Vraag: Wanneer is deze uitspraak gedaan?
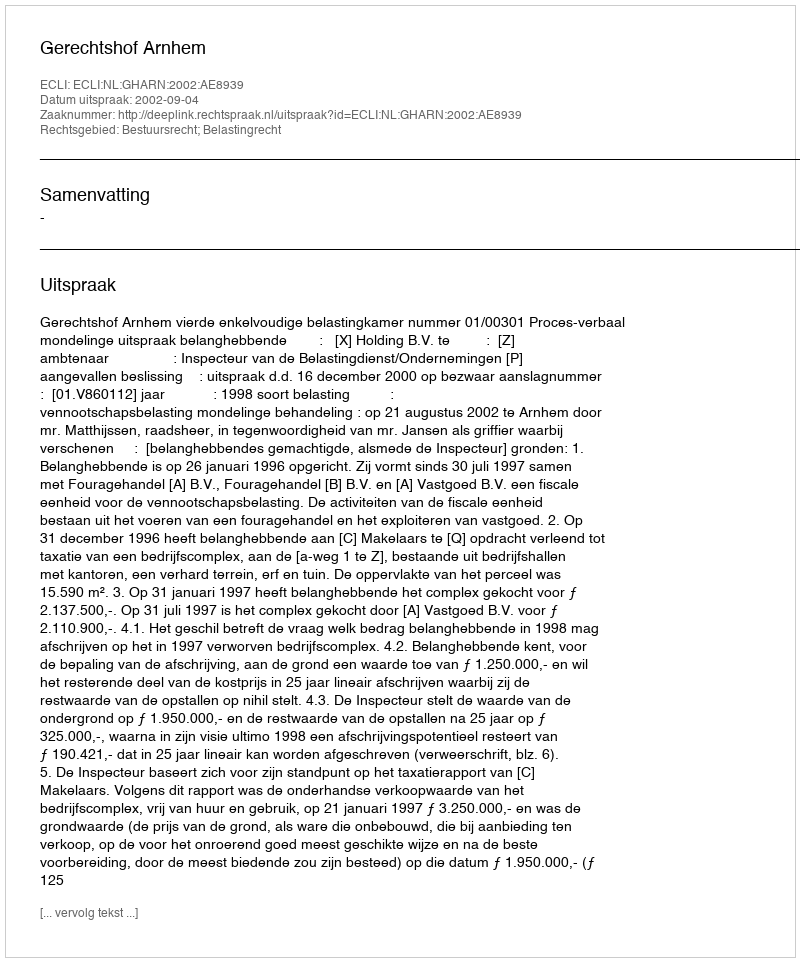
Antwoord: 2002-09-04